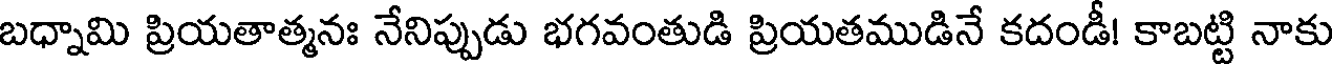
బధ్నామి ప్రియతాత్మనః నేనిప్పుడు భగవంతుడి ప్రియతముడినే కదండీ! కాబట్టి నాకు